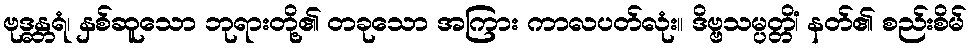
ဗုဒ္ဓန္တရံ၊ နှစ်ဆူသော ဘုရားတို့၏ တခုသော အကြား ကာလပတ်လုံး။ ဒိဗ္ဗသမ္ပတ္တိံ၊ နတ်၏ စည်းစိမ်